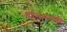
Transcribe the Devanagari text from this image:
हॉलमनशी